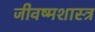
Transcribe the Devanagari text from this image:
जीवष्मशास्त्र